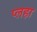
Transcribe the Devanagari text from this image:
प्लहा